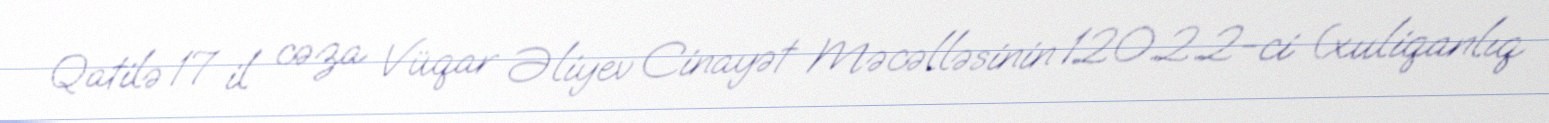
Qatilə 17 il cəza Vüqar Əliyev Cinayət Məcəlləsinin 120.2.2-ci (xuliqanlıq